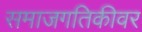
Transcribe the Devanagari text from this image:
समाजगतिकीवर